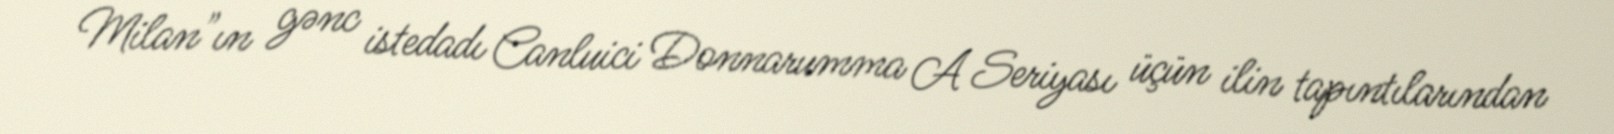
Milan"ın gənc istedadı Canluici Donnarumma A Seriyası üçün ilin tapıntılarından